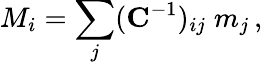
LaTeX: M_{i}=\sum_{j}(\mathbf{C}^{-1})_{ij}\; m_{j}\, ,